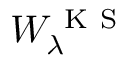
W _ { \lambda } ^ { \mathrm { ~ K ~ S ~ } }